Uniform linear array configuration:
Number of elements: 8
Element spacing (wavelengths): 0.25
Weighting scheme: hamming
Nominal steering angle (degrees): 60
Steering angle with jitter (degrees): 59.374
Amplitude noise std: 0.05
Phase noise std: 0.05

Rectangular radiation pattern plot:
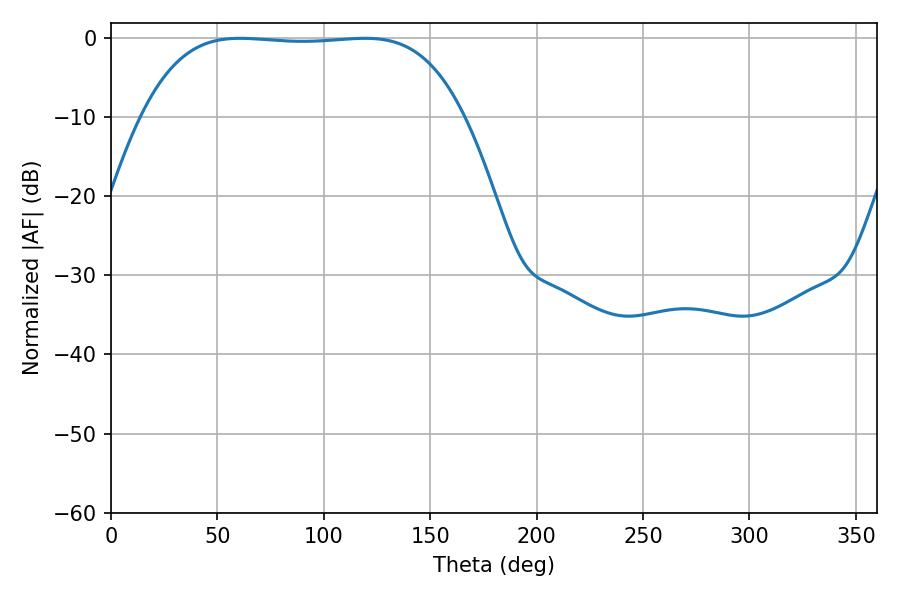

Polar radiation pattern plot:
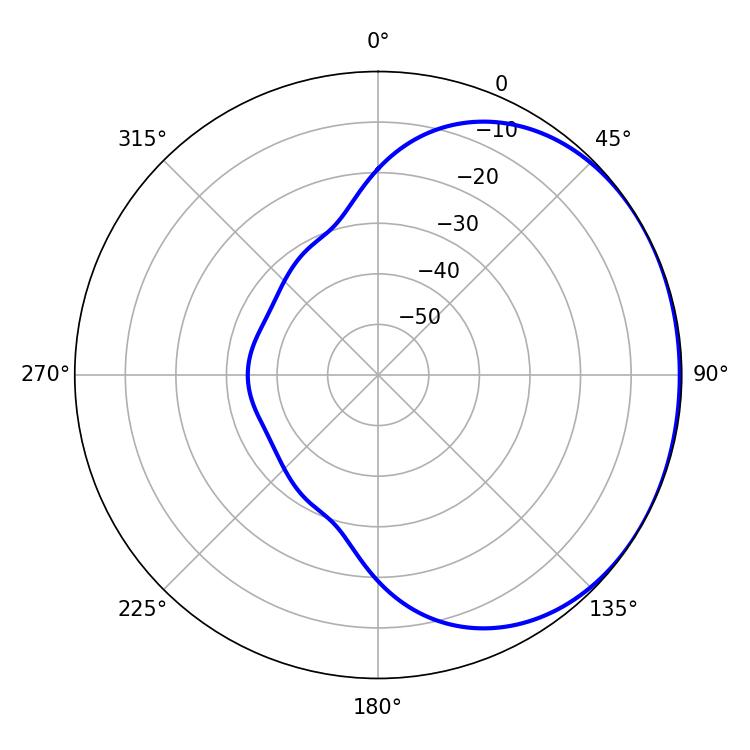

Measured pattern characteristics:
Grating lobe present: FALSE
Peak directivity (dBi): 0.8797
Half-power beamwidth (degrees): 117.72
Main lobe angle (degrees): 60.66